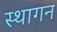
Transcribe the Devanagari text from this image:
स्थागन